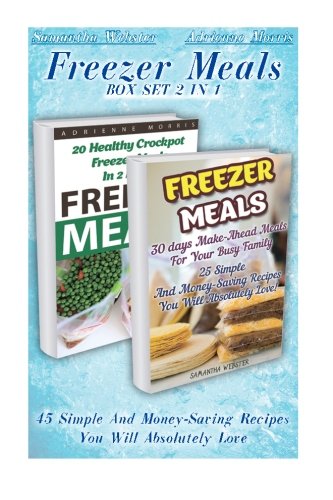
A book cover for Freezer Meals BOX SET 2 IN 1: 45 Simple And Money-Saving Recipes You Will Absolutely Love: (Freezer Recipes, 365 Days of Quick & Easy, Make Ahead, ... cookbook for two, dump dinners cookbook); Adrienne Morris; Cookbooks, Food & Wine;